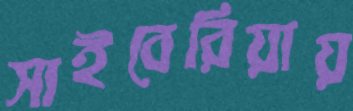
সাইবেরিয়ায়